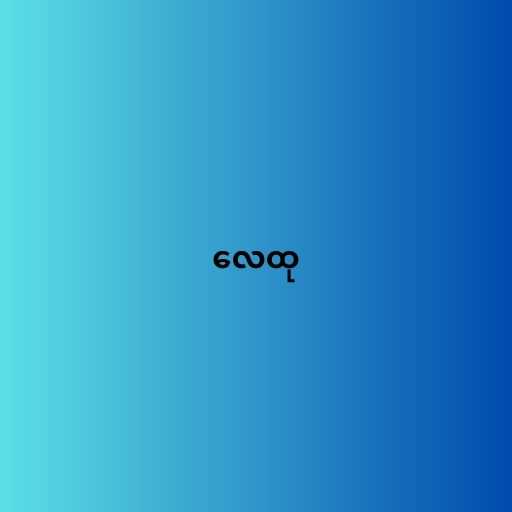
လေထု